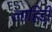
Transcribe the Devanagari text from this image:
लाहिडी़